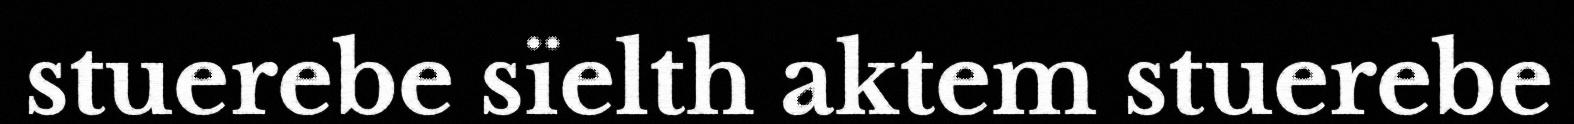
stuerebe sïelth aktem stuerebe